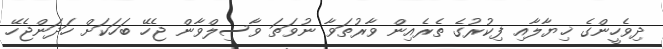
ދިވެހީންގެ ޚިޔާލާއި ފިކުުރުގެ ތެރެއިން ވާރުތަވާ ނުވަތަ ވާސިލްވާން ޖެހޭ ބަަހަކަށް ހަދަންޖެހޭ